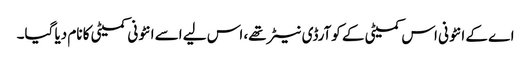
اے کے انٹونی اس کمیٹی کے کوآرڈی نیٹر تھے، اس لیے اسے انٹونی کمیٹی کا نام دیا گیا۔